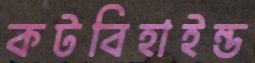
কটবিহাইন্ড